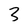
Character: 3